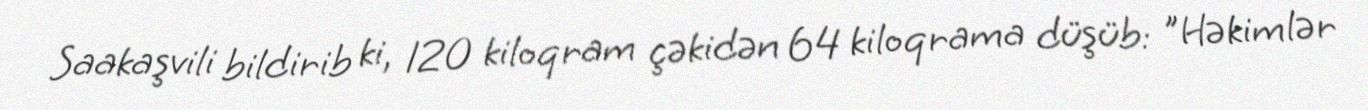
Saakaşvili bildirib ki, 120 kiloqram çəkidən 64 kiloqrama düşüb: "Həkimlər